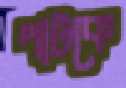
পাটকে